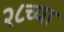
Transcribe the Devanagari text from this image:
२८च्या